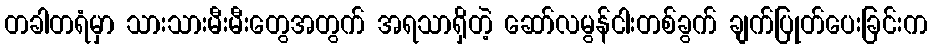
တခါတရံမှာ သားသားမီးမီးတွေအတွက် အရသာရှိတဲ့ ဆော်လမွန်ငါးတစ်ခွက် ချက်ပြုတ်ပေးခြင်းက